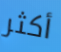
أكثر